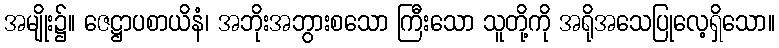
အမျိုး၌။ ဇေဋ္ဌာပစာယိနံ၊ အဘိုးအဘွားစသော ကြီးသော သူတို့ကို အရိုအသေပြုလေ့ရှိသော။